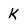
Character: k